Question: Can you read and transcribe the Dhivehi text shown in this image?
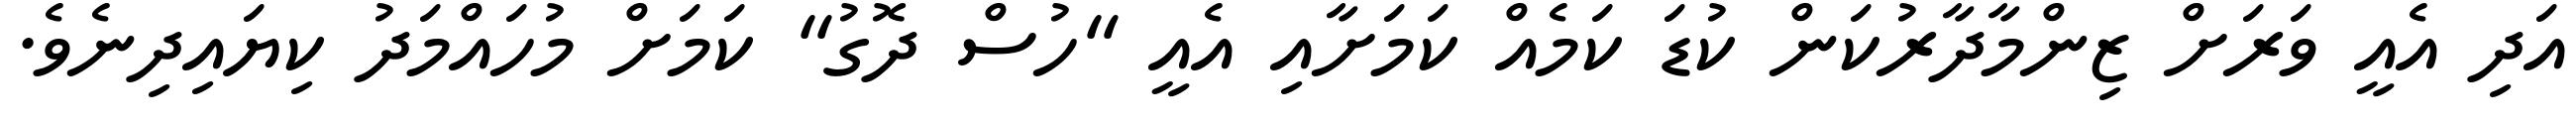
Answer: އަދި އެއީ ވަރަށް ޒިންމާދާރުކަން ކުޑަ ކަމެއް ކަމަށާއި އެއީ "ހުސް ދޮގު" ކަމަށް މުހައްމަދު ކިޔައިދިނެވެ.